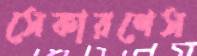
সেকারণেস